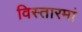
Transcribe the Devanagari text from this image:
विस्तारमां